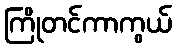
ကြိုတင်ကာကွယ်